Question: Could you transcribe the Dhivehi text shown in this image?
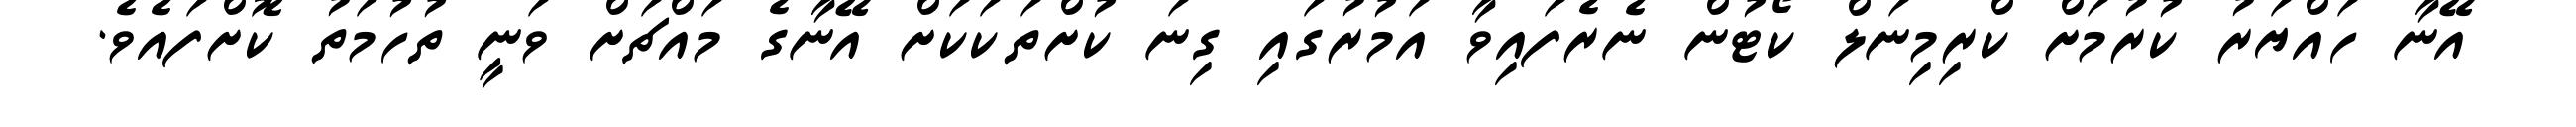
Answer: އޭނާ ހައްޔަރު ކުރުމަށް ކްރިމިނަލް ކޯޓުން ނެރެފައިވާ އަމުރުގައި ގިނަ ކުށްތަކަކަށް އޭނާގެ މައްޗަށް ވަނީ ތުހުމަތު ކޮށްފައެވެ.